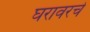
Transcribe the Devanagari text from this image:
घरावरचे